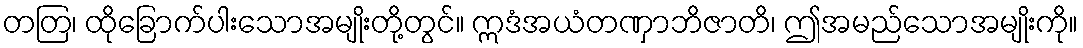
တတြ၊ ထိုခြောက်ပါးသောအမျိုးတို့တွင်။ ဣဒံအယံတဏှာဘိဇာတိ၊ ဤအမည်သောအမျိုးကို။